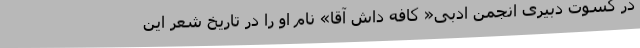
در کسوت دبیری انجمن ادبی« کافه داش آقا» نام او را در تاریخ شعر این